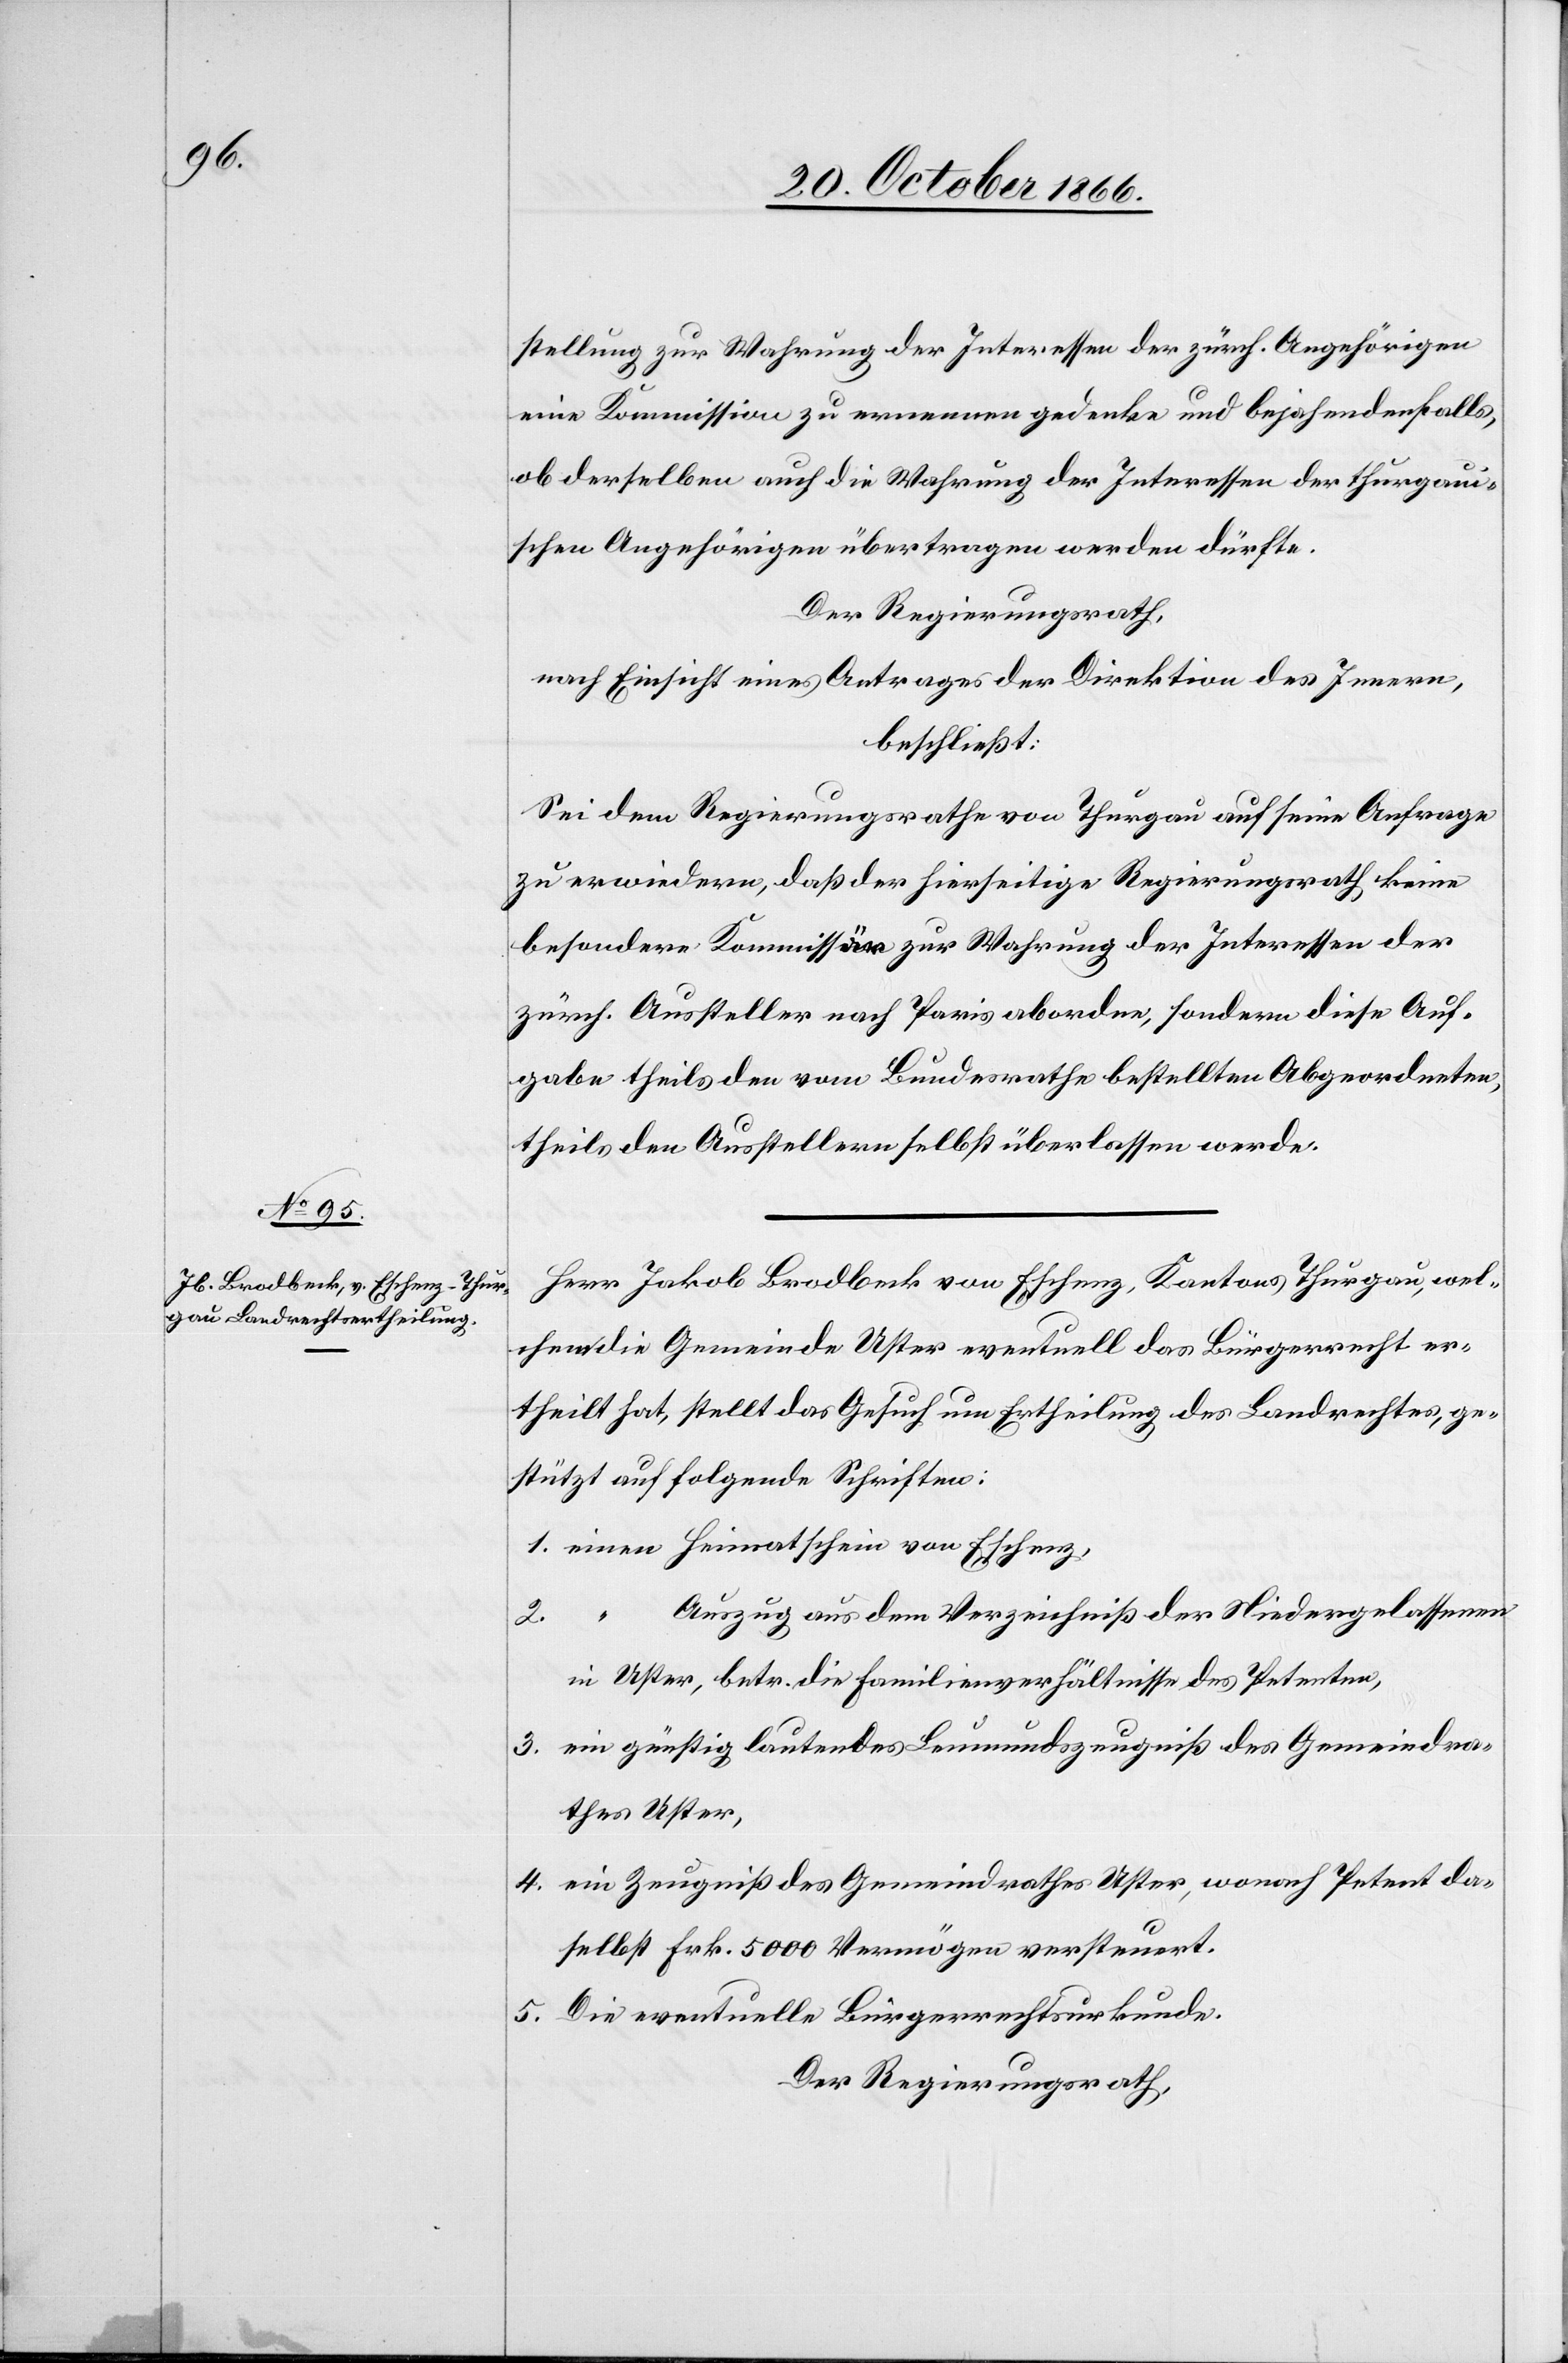
1.

stellung zur Wahrung der Interessen der zürch. Angehörigen
eine Kommission zu ernennen gedenke und bejahendenfalls,
ob derselben auch die Wahrung der Interessen der thurgaui¬
schen Angehörigen übertragen werden dürfte.
Der Regierungsrath,
nach Einsicht eines Antrages der Direktion des Innern,
beschließt:
Sei dem Regierungsrathe von Thurgau auf seine Anfrage
zu erwiedern, daß der hierseitige Regierungsrath keine
besondere Kommission zur Wahrung der Interessen der
zürch. Aussteller nach Paris abordne, sondern diese Auf¬
gabe theils den vom Bundesrathe bestellten Abgeordneten,
theils den Ausstellern selbst überlassen werde.
Herr Jakob Brodbeck von Eschenz, Kantons Thurgau, wel¬
chem die Gemeinde Uster eventuell das Bürgerrecht er¬
theilt hat, stellt das Gesuch um Ertheilung des Landrechtes, ge¬
stützt auf folgende Schriften:
Auszug aus dem Verzeichniß der Niedergelassenen
5.
in Uster, betr. die Familienverhältnisse des Petenten,
ein günstig lautendes Leumundszeugniß des Gemeindra¬
thes Uster,
ein Zeugniß des Gemeindrathes Uster, wonach Petent da¬
selbst Frk. 5000 Vermögen versteuert.
Die eventuelle Bürgerrechtsurkunde.
Der Regierungsrath,